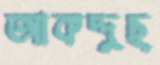
আকদ্দুছ